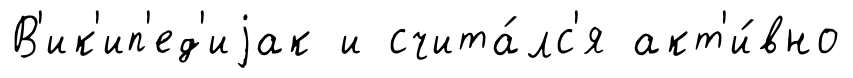
В'ик'ип'ед'иjак и счита́лс'я акт'и́вно